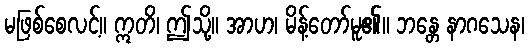
မဖြစ်စေလင့်။ ဣတိ၊ ဤသို့။ အာဟ၊ မိန့်တော်မူ၏။ ဘန္တေ နာဂသေန၊